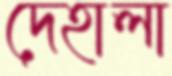
দেহালা